Lunatic asylums in Bengal annual reports 1888-1898 - 1888-1898
Year: 1888
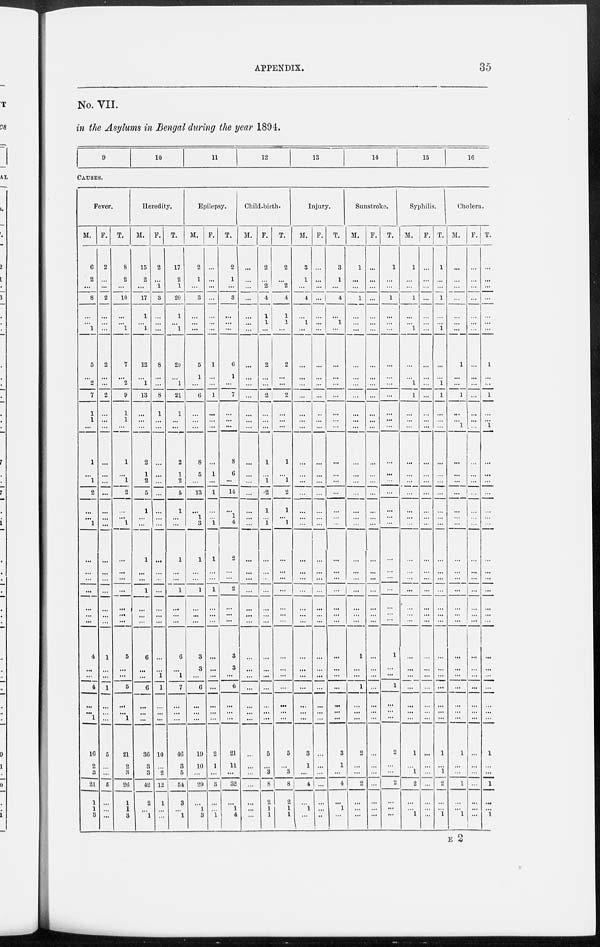
APPENDIX.
35
No. VII.
in the Asylums in Bengal during the year 1894.
9
10
11
12
13
14
15
16
CAUSES.
Fever.
M.
6
2
...
8
...
...
1
5
...
2
7
1
1
1
...
1
2
...
...
1
...
...
...
...
4
...
...
4
...
...
1
16
2
3
21
1
1
3
F.
2
...
...
2
...
...
...
2
...
...
2
...
...
...
...
...
...
...
...
...
...
...
...
...
1
...
...
1
...
...
...
5
...
...
5
...
...
...
T.
8
2
...
10
...
...
1
7
...
2
9
1
1
1
...
1
2
...
...
1
...
...
...
...
5
...
...
5
...
...
1
21
2
3
26
1
1
3
Heredity.
M.
15
2
...
17
1
...
1
12
...
1
13
...
...
2
1
2
5
1
...
...
1
...
...
1
6
...
...
6
...
...
...
36
3
3
42
2
...
1
F.
2
...
1
3
...
...
...
8
...
...
8
1
...
...
...
...
...
...
...
...
...
...
...
...
...
...
1
1
...
...
...
10
...
2
12
1
...
...
T.
17
2
1
20
1
...
1
20
...
1
21
1
...
2
1
2
5
1
...
...
1
...
...
1
6
...
1
7
...
...
...
46
3
5
54
3
...
1
Epilepsy.
M.
2
1
...
3
...
...
...
5
1
...
6
...
...
8
5
...
13
...
1
3
1
...
...
1
3
3
...
6
...
...
...
19
10
...
29
...
1
3
F.
...
...
...
...
...
...
...
1
...
...
1
...
...
...
1
...
1
...
...
1
1
...
...
1
...
...
...
...
...
...
...
2
1
...
3
...
...
1
T.
2
1
...
3
...
...
...
6
1
...
7
...
...
8
6
...
14
...
1
4
2
...
...
2
3
3
...
6
...
...
...
21
11
...
32
...
1
4
Child-birth.
M.
...
...
...
...
...
...
...
...
...
...
...
...
...
...
...
...
...
...
...
...
...
...
...
...
...
...
...
...
...
...
...
...
...
...
...
...
...
F.
2
...
2
4
1
1
...
2
...
...
2
...
...
1
...
1
2
1
...
1
...
...
...
...
...
...
...
...
...
...
...
5
...
3
8
2
1
1
T.
2
...
2
4
1
1
...
2
...
...
2
...
...
1
...
1
2
1
...
1
...
...
...
...
...
...
...
...
...
...
...
5
...
3
8
2
1
1
Injury.
M.
3
1
...
4
...
1
...
...
...
...
...
...
...
...
...
...
...
...
...
...
...
...
...
...
...
...
...
...
...
...
...
3
1
...
4
...
1
...
F.
...
...
...
...
...
...
...
...
...
...
...
...
...
...
...
...
...
...
...
...
...
...
...
...
...
...
...
...
...
...
...
...
...
...
...
...
...
...
T.
3
1
...
4
...
1
...
...
...
...
...
...
...
...
...
...
...
...
...
...
...
...
...
...
...
...
...
...
...
...
...
3
1
...
4
...
1
...
Sunstroke.
M.
1
...
...
1
...
...
...
...
...
...
...
...
...
...
...
...
...
...
...
...
...
...
...
...
1
...
...
1
...
...
...
2
...
...
...
...
...
...
F.
...
...
...
...
...
...
...
...
...
...
...
...
...
...
...
...
...
...
...
...
...
...
...
...
...
...
...
...
...
...
...
...
...
...
...
...
...
...
T.
1
...
...
1
...
...
...
...
...
...
...
...
...
...
...
...
...
...
...
...
...
...
...
...
1
...
...
1
...
...
...
2
...
...
2
...
...
...
Syphilis.
M.
1
...
...
...
...
...
1
...
...
1
1
...
...
...
...
...
...
...
...
...
...
...
...
...
...
...
...
...
...
...
...
1
...
1
2
...
...
1
F.
...
...
...
...
...
...
...
...
...
...
...
...
...
...
...
...
...
...
...
...
...
...
...
...
...
...
...
...
...
...
...
...
...
...
...
...
...
...
T.
1
...
...
1
...
...
1
...
...
1
1
...
...
...
...
...
...
...
...
...
...
...
...
...
...
...
...
...
...
...
...
1
...
1
2
...
...
1
Cholera.
M.
...
...
...
...
...
...
...
1
...
...
1
...
1
...
...
...
...
...
...
...
...
...
...
...
...
...
...
...
...
...
...
1
...
...
1
...
...
1
F.
...
...
...
...
...
...
...
...
...
...
...
...
...
...
...
...
...
...
...
...
...
...
...
...
...
...
...
...
...
...
...
...
...
...
...
...
...
...
T.
...
...
...
...
...
...
...
1
...
...
1
...
1
...
...
...
...
...
...
...
...
...
...
...
...
...
...
...
...
...
...
1
...
...
1
...
...
1
E 2